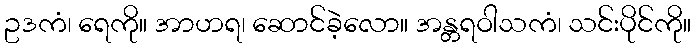
ဥဒကံ၊ ရေကို။ အာဟရ၊ ဆောင်ခဲ့လော။ အန္တရဝါသကံ၊ သင်းပိုင်ကို။